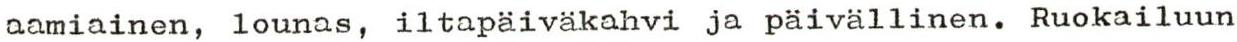
aamiainen, lounas, iltapäiväkahvi ja päivällinen. Ruokailuun